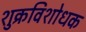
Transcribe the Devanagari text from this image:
शुक्रविशोधक